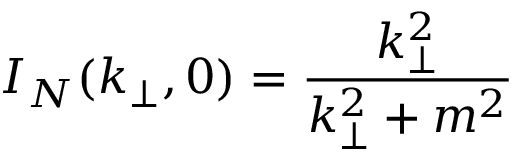
I _ { N } ( k _ { \perp } , 0 ) = { \frac { k _ { \perp } ^ { 2 } } { k _ { \perp } ^ { 2 } + m ^ { 2 } } }